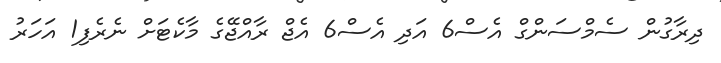
ދިރާގުން ސެމްސަންގް އެސް6 އަދި އެސް6 އެޖް ރާއްޖޭގެ މާކެޓަށް ނެރެފި1 އަހަރު